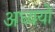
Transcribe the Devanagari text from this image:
अध्ययों